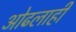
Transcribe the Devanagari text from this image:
ओढलाही